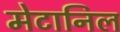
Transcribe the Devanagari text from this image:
मेटानिल